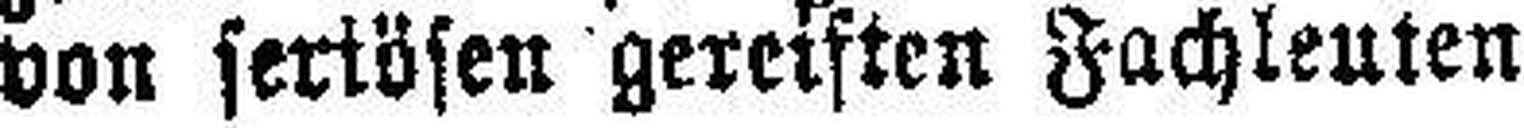
Von seriösen gereisten Fachleuten